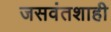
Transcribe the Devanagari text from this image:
जसवंतशाही